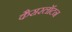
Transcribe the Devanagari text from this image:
कैसरलॉटन